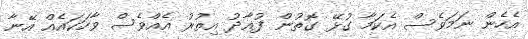
އެހެން ނަމަވެސް އެކަމާ ގުޅޭ ގޮތުން ފުއާދު އިތުރު އެއްވެސް ވާހަކައެއް އޭނާ